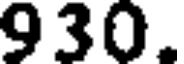
930.